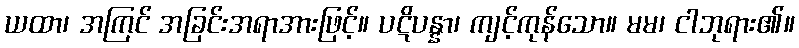
ယထာ၊ အကြင် အခြင်းအရာအားဖြင့်။ ပဋိပန္နာ၊ ကျင့်ကုန်သော။ မမ၊ ငါဘုရား၏။